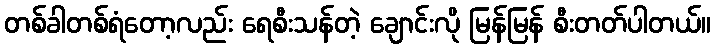
တစ်ခါတစ်ရံတော့လည်း ရေစီးသန်တဲ့ ချောင်းလို မြန်မြန် စီးတတ်ပါတယ်။